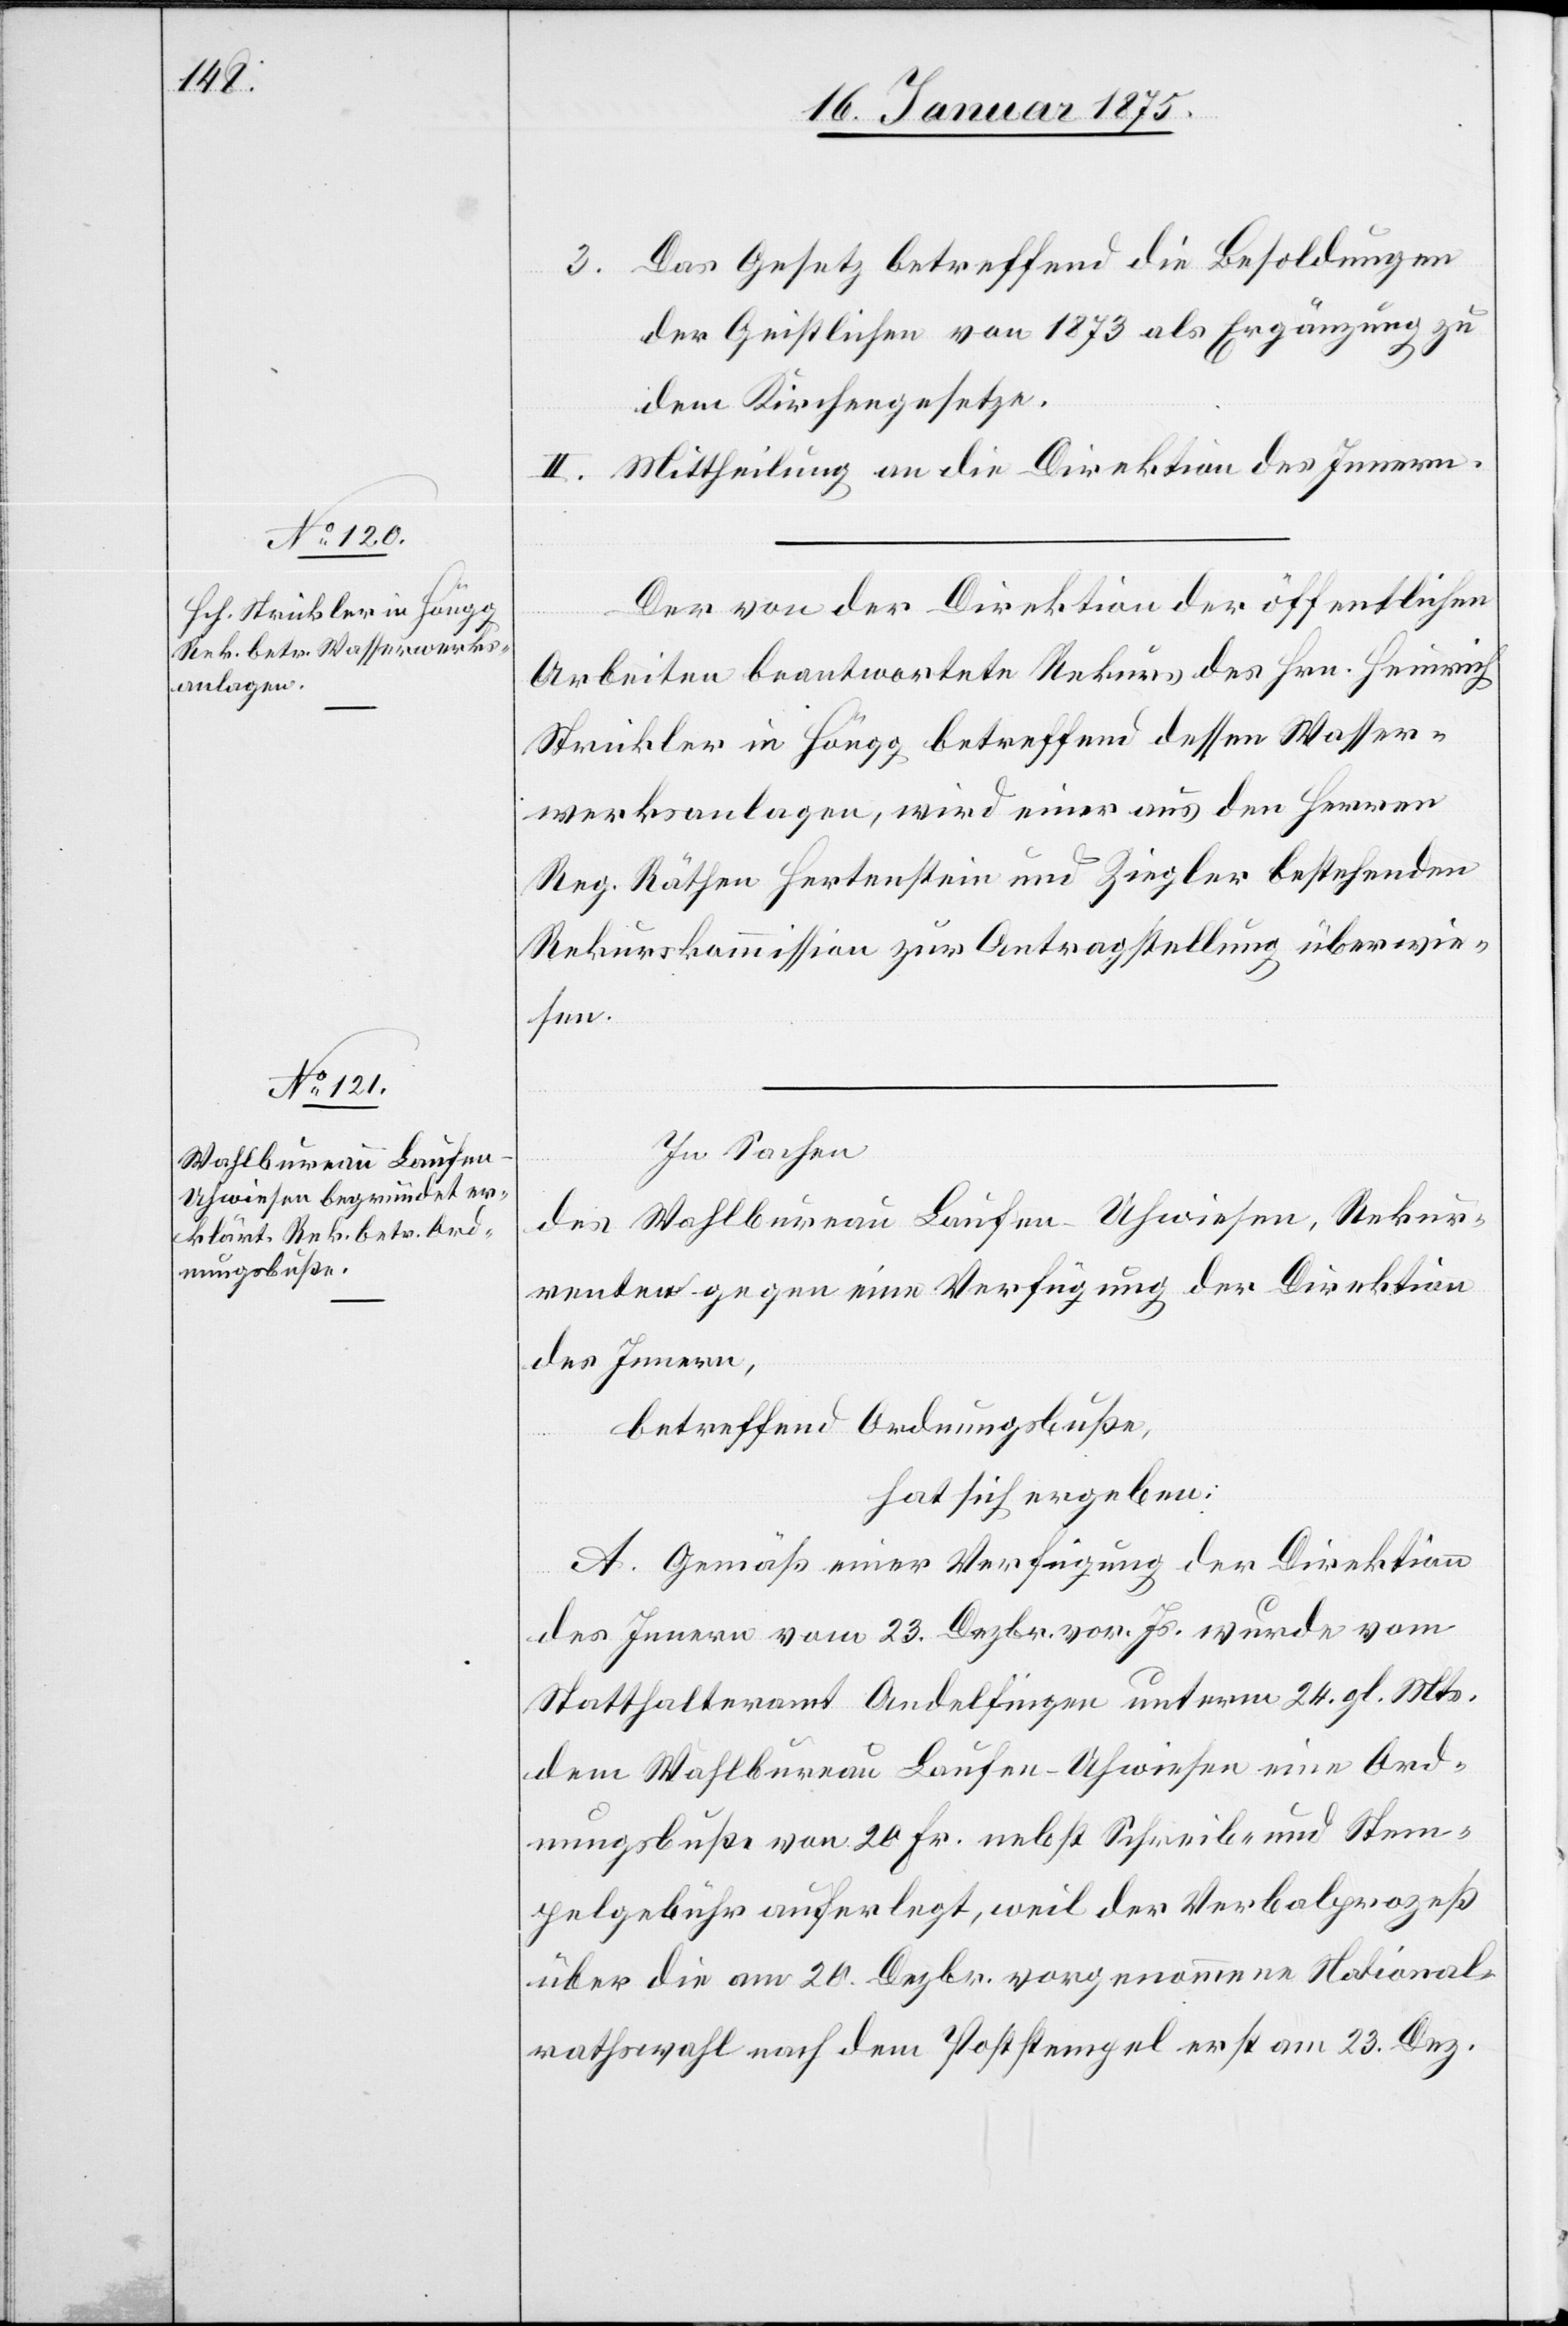
Das Gesetz betreffend die Besoldung
3.
der Geistlichen von 1873 als Ergänzung zu
dem Kirchengesetze.
II. Mittheilung an die Direktion des Innern.
Der von der Direktion der öffentlichen
Arbeiten beantwortete Rekurs des Hrn. Heinrich
Strickler in Höngg betreffend dessen Wasser¬
werksanlagen, wird einer aus den Herren
Reg. Räthen Hertenstein und Ziegler bestehenden
Rekurskommission zur Antragstellung überwie¬
sen.
In Sachen
des Wahlbureau Laufen-Uhwiesen, Rekur¬
renten gegen eine Verfügung der Direktion
des Innern,
betreffend Ordnungsbuße,
hat sich ergeben:
A. Gemäß einer Verfügung der Direktion
des Innern vom 23. Dezbr. vor. Js. wurde vom
Statthalteramt Andelfingen unterm 24. gl. Mts.
dem Wahlbureau Laufen-Uhwiesen eine Ord¬
nungsbuße von 20 Fr. nebst Schreib- und Stem¬
pelgebühr auferlegt, weil der Verbalprozeß
über die am 20. Dezbr. vorgenommene National¬
rathswahl nach dem Poststempel erst am 23. Dez.